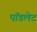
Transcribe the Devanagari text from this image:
पॉडलेट